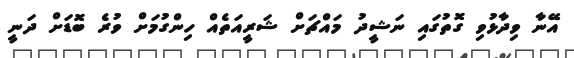
އޭނާ ވިދާޅުވި ގޮތުގައި ނަޝީދު މައްޗަށް ޝަރީއަތެއް ހިންގުމަށް ވުރެ ބޮޑަށް ދަނީ